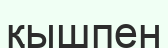
қышпен